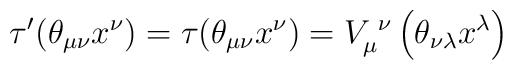
\tau ^{\prime }(\theta _{\mu \nu }x^{\nu })=\tau (\theta _{\mu \nu }x^{\nu})=V_{\mu }^{\,\,\nu }\left( \theta _{\nu \lambda }x^{\lambda }\right)